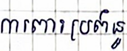
ការពារប្រព័ន្ធ